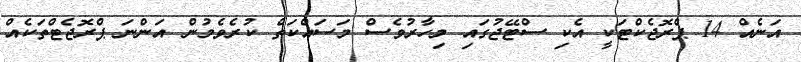
އަނެއް 14 ޕްރޮޖެކްޓަކީ އެކި ސްޓޭޖުގައި މިހާރުވެސް މަސައްކަތް ކުރެވެމުން އަންނަ ޕްރޮޖެޓްތަކެއް